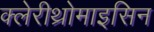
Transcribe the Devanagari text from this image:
क्लेरीथ्रोमाइसिन